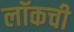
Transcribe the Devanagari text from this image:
लॉकची